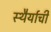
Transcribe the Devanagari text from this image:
स्थैर्याची